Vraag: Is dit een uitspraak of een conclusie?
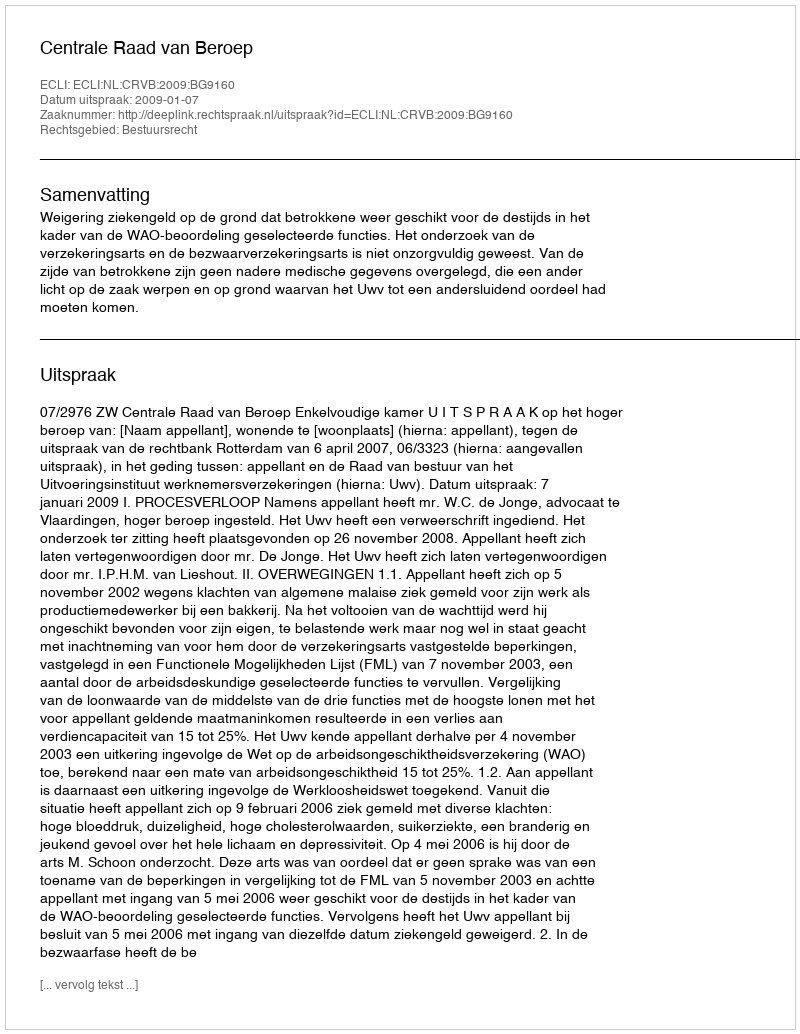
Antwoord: Uitspraak